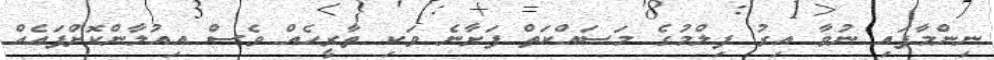
ނިންމާފައި ނުވާ އިރު ފިލްމުގެ މަސައްކަތް ފަށާނެ ވަކި ތާރީހެއް ވެސް އިއުލާންކޮށްފައެއް